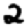
Digit: 2